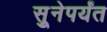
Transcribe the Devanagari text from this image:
सुूनेपर्यंत